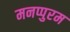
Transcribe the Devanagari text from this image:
मनप्पुरम